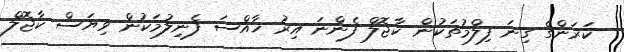
ކަރަންގެ ގިނަ ފިލްމުތަކުން ކާޖޮލް ފެންނަ އިރު ޚާއްސަ ފެނިލުމަކުން ވިޔަސް ކާޖޮލް